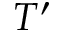
T ^ { \prime }